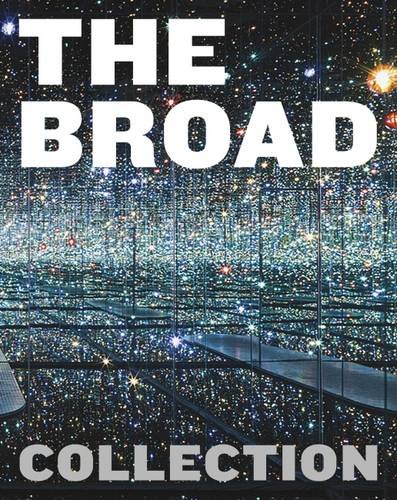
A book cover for The Broad Collection; Francesco Bonami; Arts & Photography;